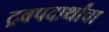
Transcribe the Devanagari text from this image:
द्रवपदार्थांचा